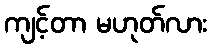
ကျင့်တာ မဟုတ်လား